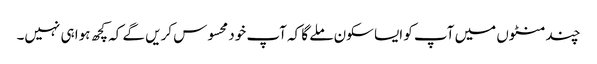
چند منٹوں میں آپ کو ایسا سکون ملے گا کہ آپ خود محسوس کریں گے کہ کچھ ہوا ہی نہیں۔